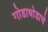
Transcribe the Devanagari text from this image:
गोडाधोडाचे